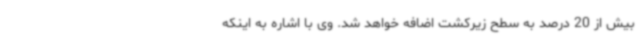
بیش از 20 درصد به سطح زیرکشت اضافه خواهد شد. وی با اشاره به اینکه